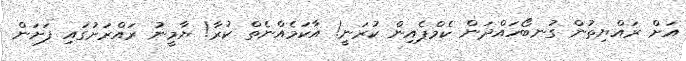
އަށް ރައްޔިތުން ގުނބޯހައްދަން ކެމްޕެއިން ކުރަނީ! އާކަމެއްނެތް ކުރާ! ޔާމީނު ރައްރަށުގައި ފަށަން